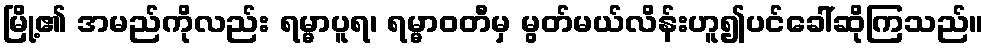
မြို့၏ အမည်ကိုလည်း ရမ္မာပူရ၊ ရမ္မာဝတီမှ မွတ်မယ်လိန်းဟူ၍ပင်ခေါ်ဆိုကြသည်။